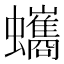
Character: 蠵